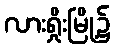
လားရှိုးမြို့၌